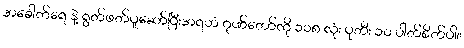
အခေါက်ရေ နဲ့ ရွတ်ဖတ်ပူဆော်ပြီးအရဟံ ဂုဏ်တော်ကို ၁၀၈ လုံး ပုတီး ၁၀ ပါတ်စိတ်ပါ။